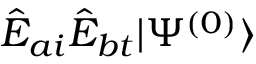
\hat { E } _ { a i } \hat { E } _ { b t } | \Psi ^ { ( 0 ) } \rangle